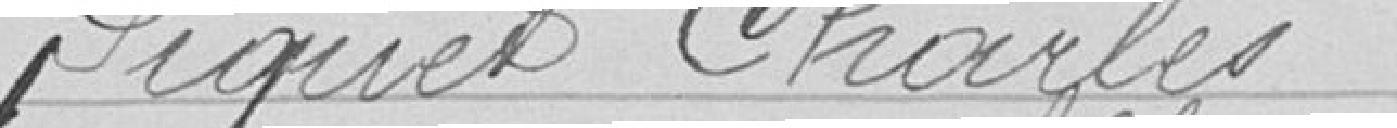
Piquet Charles (réserviste)